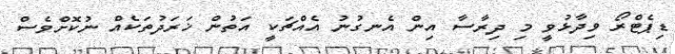
ޑިޕެޓްރޯ ވިދާޅުވީ މި ދިރާސާ އިން އެނގުނު އެއްޗަކީ އަތުން ޚަރަދުތަކެއް ނުކޮށްވެސް